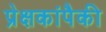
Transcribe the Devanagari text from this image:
प्रेक्षकांपैकी